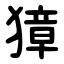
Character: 獐